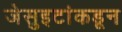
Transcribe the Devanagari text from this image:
जेसुइटांकडून